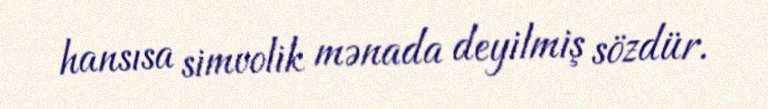
hansısa simvolik mənada deyilmiş sözdür.